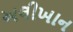
અલીખાન